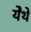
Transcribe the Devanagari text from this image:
येेथे